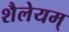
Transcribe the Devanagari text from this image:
शैलेयम्